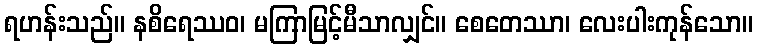
ရဟန်းသည်။ နစိရေဿဝ၊ မကြာမြင့်မီသာလျှင်။ စေတေဿာ၊ လေးပါးကုန်သော။